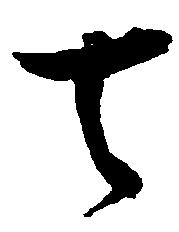
去